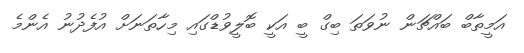
އަމީތާބް ބައްޗަން ނުވަތަ ބިގް ބީ އަކީ ބޮލީވުޑްގައި މިހާތަނަށް އުފެދުނު އެންމެ